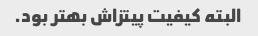
البته کیفیت پیتزاش بهتر بود.